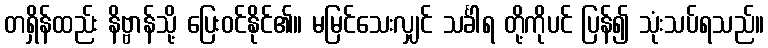
တရှိန်ထည်း နိဗ္ဗာန်သို့ ပြေးဝင်နိုင်၏။ မမြင်သေးလျှင် သင်္ခါရ တို့ကိုပင် ပြန်၍ သုံးသပ်ရသည်။